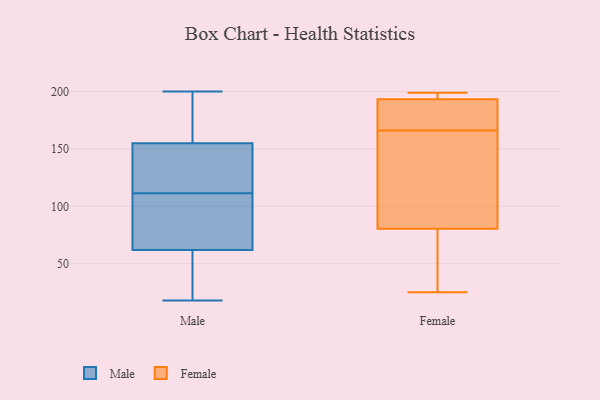
{"axis": {"x": "Website Visitors", "y": "Value"}, "legend": ["Female", "Male"], "data": [{"x": "", "y": 18, "type": "Male"}, {"x": "", "y": 83, "type": "Male"}, {"x": "", "y": 48, "type": "Male"}, {"x": "", "y": 200, "type": "Male"}, {"x": "", "y": 120, "type": "Male"}, {"x": "", "y": 111, "type": "Male"}, {"x": "", "y": 62, "type": "Male"}, {"x": "", "y": 79, "type": "Male"}, {"x": "", "y": 31, "type": "Male"}, {"x": "", "y": 169, "type": "Male"}, {"x": "", "y": 190, "type": "Male"}, {"x": "", "y": 155, "type": "Male"}, {"x": "", "y": 112, "type": "Male"}, {"x": "", "y": 140, "type": "Male"}, {"x": "", "y": 25, "type": "Female"}, {"x": "", "y": 57, "type": "Female"}, {"x": "", "y": 180, "type": "Female"}, {"x": "", "y": 195, "type": "Female"}, {"x": "", "y": 199, "type": "Female"}, {"x": "", "y": 188, "type": "Female"}, {"x": "", "y": 82, "type": "Female"}, {"x": "", "y": 80, "type": "Female"}, {"x": "", "y": 83, "type": "Female"}, {"x": "", "y": 166, "type": "Female"}, {"x": "", "y": 197, "type": "Female"}]}